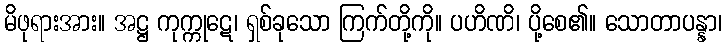
မိဖုရားအား။ အဋ္ဌ ကုက္ကုဋေ၊ ရှစ်ခုသော ကြက်တို့ကို။ ပဟိဏိ၊ ပို့စေ၏။ သောတာပန္နာ၊